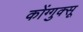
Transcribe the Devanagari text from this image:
कोंग्गुक्सू